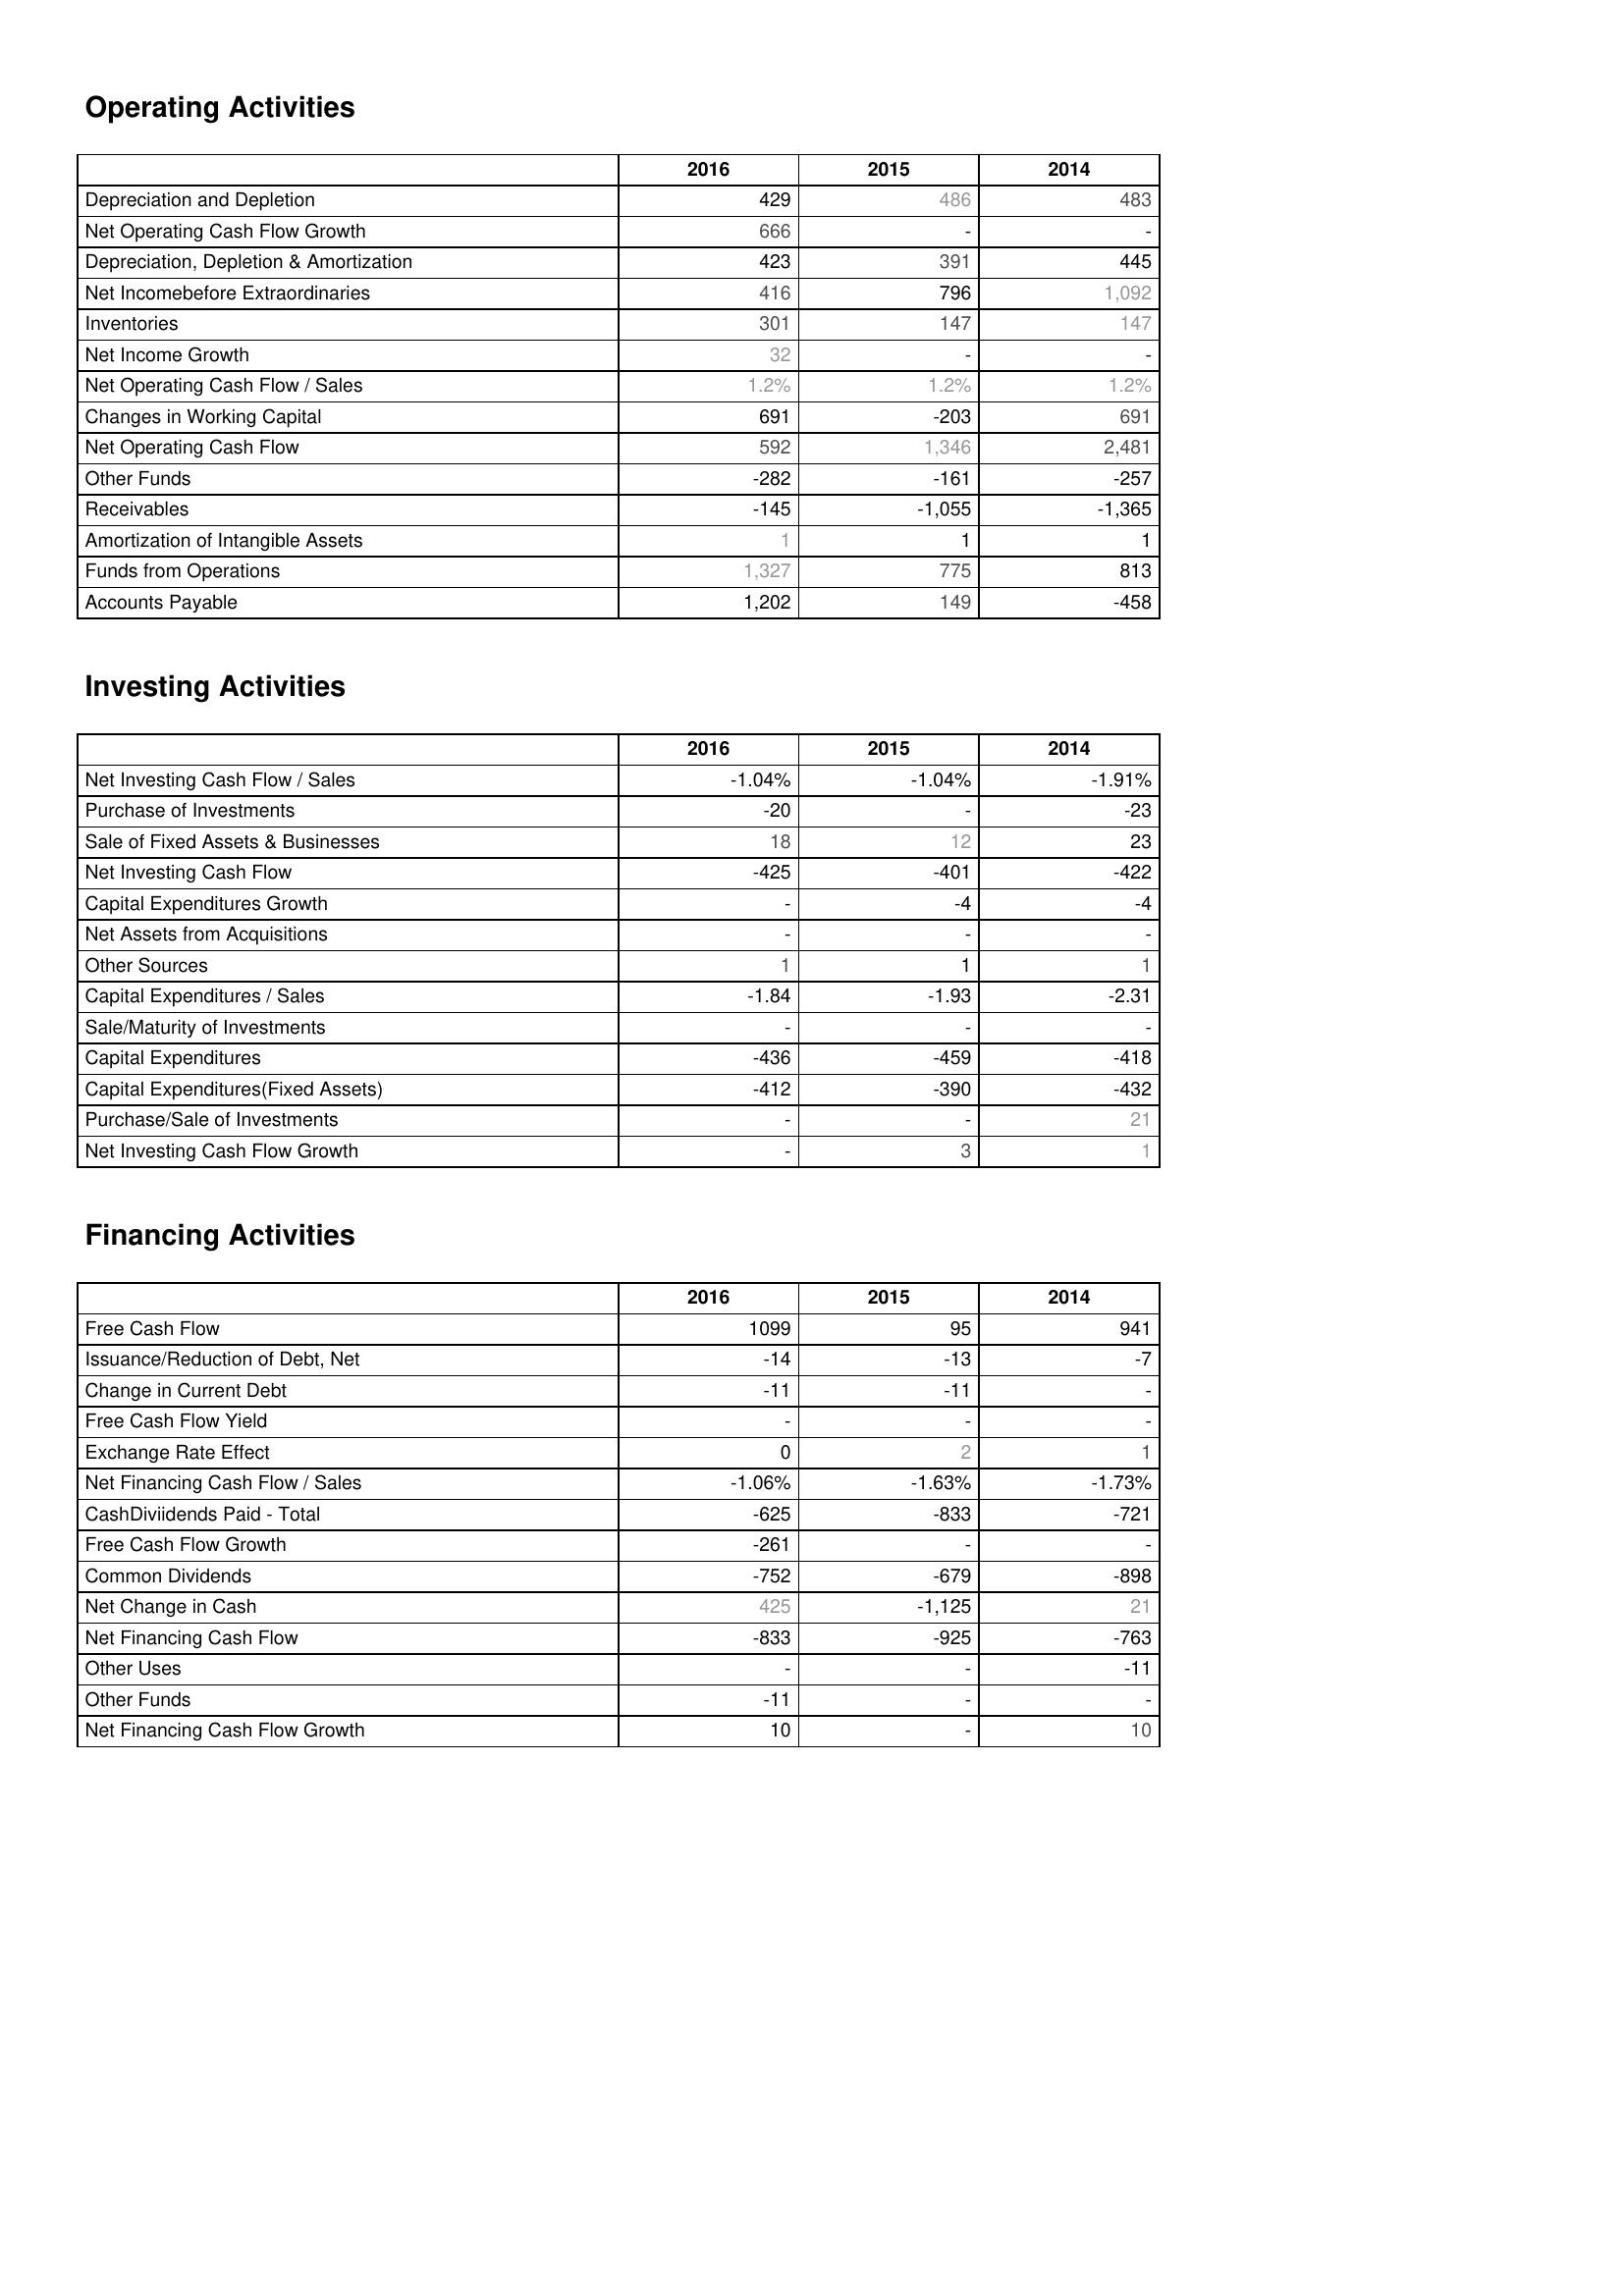
2016: Operating Activities: Depreciation and Depletion: 429
Net Operating Cash Flow Growth: 666
Depreciation, Depletion & Amortization: 423
Net Incomebefore Extraordinaries: 416
Inventories: 301
Net Income Growth: 32
Net Operating Cash Flow / Sales: 1.2%
Changes in Working Capital: 691
Net Operating Cash Flow: 592
Other Funds: -282
Receivables: -145
Amortization of Intangible Assets: 1
Funds from Operations: 1,327
Accounts Payable: 1,202
Investing Activities: Net Investing Cash Flow / Sales: -1.04%
Purchase of Investments: -20
Sale of Fixed Assets & Businesses: 18
Net Investing Cash Flow: -425
Capital Expenditures Growth: -
Net Assets from Acquisitions: -
Other Sources: 1
Capital Expenditures / Sales: -1.84
Sale/Maturity of Investments: -
Capital Expenditures: -436
Capital Expenditures(Fixed Assets): -412
Purchase/Sale of Investments: -
Net Investing Cash Flow Growth: -
Financing Activities: Free Cash Flow: 1099
Issuance/Reduction of Debt, Net: -14
Change in Current Debt: -11
Free Cash Flow Yield: -
Exchange Rate Effect: 0
Net Financing Cash Flow / Sales: -1.06%
CashDiviidends Paid - Total: -625
Free Cash Flow Growth: -261
Common Dividends: -752
Net Change in Cash: 425
Net Financing Cash Flow: -833
Other Uses: -
Other Funds: -11
Net Financing Cash Flow Growth: 10
2015: Operating Activities: Depreciation and Depletion: 486
Net Operating Cash Flow Growth: -
Depreciation, Depletion & Amortization: 391
Net Incomebefore Extraordinaries: 796
Inventories: 147
Net Income Growth: -
Net Operating Cash Flow / Sales: 1.2%
Changes in Working Capital: -203
Net Operating Cash Flow: 1,346
Other Funds: -161
Receivables: -1,055
Amortization of Intangible Assets: 1
Funds from Operations: 775
Accounts Payable: 149
Investing Activities: Net Investing Cash Flow / Sales: -1.04%
Purchase of Investments: -
Sale of Fixed Assets & Businesses: 12
Net Investing Cash Flow: -401
Capital Expenditures Growth: -4
Net Assets from Acquisitions: -
Other Sources: 1
Capital Expenditures / Sales: -1.93
Sale/Maturity of Investments: -
Capital Expenditures: -459
Capital Expenditures(Fixed Assets): -390
Purchase/Sale of Investments: -
Net Investing Cash Flow Growth: 3
Financing Activities: Free Cash Flow: 95
Issuance/Reduction of Debt, Net: -13
Change in Current Debt: -11
Free Cash Flow Yield: -
Exchange Rate Effect: 2
Net Financing Cash Flow / Sales: -1.63%
CashDiviidends Paid - Total: -833
Free Cash Flow Growth: -
Common Dividends: -679
Net Change in Cash: -1,125
Net Financing Cash Flow: -925
Other Uses: -
Other Funds: -
Net Financing Cash Flow Growth: -
2014: Operating Activities: Depreciation and Depletion: 483
Net Operating Cash Flow Growth: -
Depreciation, Depletion & Amortization: 445
Net Incomebefore Extraordinaries: 1,092
Inventories: 147
Net Income Growth: -
Net Operating Cash Flow / Sales: 1.2%
Changes in Working Capital: 691
Net Operating Cash Flow: 2,481
Other Funds: -257
Receivables: -1,365
Amortization of Intangible Assets: 1
Funds from Operations: 813
Accounts Payable: -458
Investing Activities: Net Investing Cash Flow / Sales: -1.91%
Purchase of Investments: -23
Sale of Fixed Assets & Businesses: 23
Net Investing Cash Flow: -422
Capital Expenditures Growth: -4
Net Assets from Acquisitions: -
Other Sources: 1
Capital Expenditures / Sales: -2.31
Sale/Maturity of Investments: -
Capital Expenditures: -418
Capital Expenditures(Fixed Assets): -432
Purchase/Sale of Investments: 21
Net Investing Cash Flow Growth: 1
Financing Activities: Free Cash Flow: 941
Issuance/Reduction of Debt, Net: -7
Change in Current Debt: -
Free Cash Flow Yield: -
Exchange Rate Effect: 1
Net Financing Cash Flow / Sales: -1.73%
CashDiviidends Paid - Total: -721
Free Cash Flow Growth: -
Common Dividends: -898
Net Change in Cash: 21
Net Financing Cash Flow: -763
Other Uses: -11
Other Funds: -
Net Financing Cash Flow Growth: 10